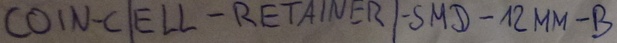
Text: COIN-CELL-RETAINER-SMD-12MM-B